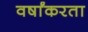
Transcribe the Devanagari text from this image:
वर्षांकरता